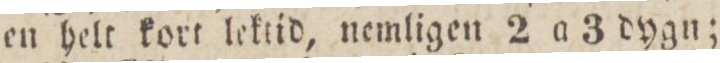
en helt kort lektid, nemligen 2 a 3 dygn;